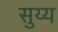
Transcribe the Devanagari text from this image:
सुय्य